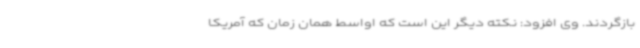
بازگردند. وی افزود: نکته دیگر این است که اواسط همان زمان که آمریکا